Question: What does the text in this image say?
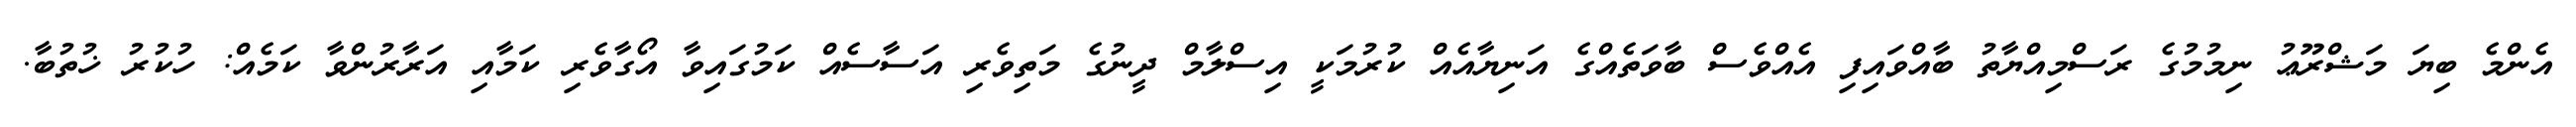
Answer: އެންމެ ބިޔަ މަޝްރޫޢު ނިމުމުގެ ރަސްމިއްޔާތު ބާއްވައިފި އެއްވެސް ބާވަތެއްގެ އަނިޔާއެއް ކުރުމަކީ އިސްލާމް ދީނުގެ މަތިވެރި އަސާސެއް ކަމުގައިވާ އޯގާވެރި ކަމާއި އަރާރުންވާ ކަމެއް: ހުކުރު ޚުތުބާ.